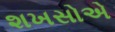
શખસોએ